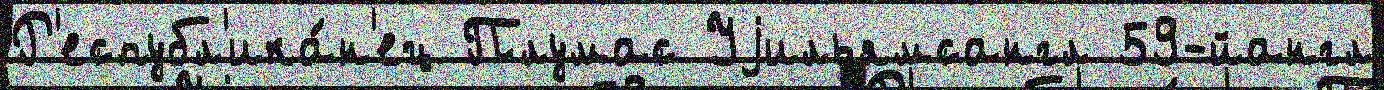
Р'еспубл'ика́н'ец Плумас Уjильямсангл 59-йангл